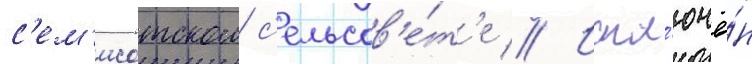
с'ем'исотском с'ельсов'е́т'е // Искл'ючё́н